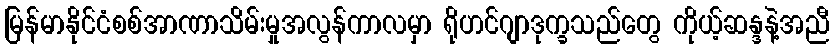
မြန်မာနိုင်ငံစစ်အာဏာသိမ်းမှုအလွန်ကာလမှာ ရိုဟင်ဂျာဒုက္ခသည်တွေ ကိုယ့်ဆန္ဒနဲ့အညီ